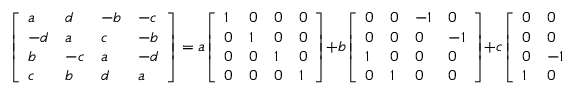
{ \left[ \begin{array} { l l l l } { a } & { d } & { - b } & { - c } \\ { - d } & { a } & { c } & { - b } \\ { b } & { - c } & { a } & { - d } \\ { c } & { b } & { d } & { a } \end{array} \right] } = a { \left[ \begin{array} { l l l l } { 1 } & { 0 } & { 0 } & { 0 } \\ { 0 } & { 1 } & { 0 } & { 0 } \\ { 0 } & { 0 } & { 1 } & { 0 } \\ { 0 } & { 0 } & { 0 } & { 1 } \end{array} \right] } + b { \left[ \begin{array} { l l l l } { 0 } & { 0 } & { - 1 } & { 0 } \\ { 0 } & { 0 } & { 0 } & { - 1 } \\ { 1 } & { 0 } & { 0 } & { 0 } \\ { 0 } & { 1 } & { 0 } & { 0 } \end{array} \right] } + c { \left[ \begin{array} { l l l l } { 0 } & { 0 } & { 0 } & { - 1 } \\ { 0 } & { 0 } & { 1 } & { 0 } \\ { 0 } & { - 1 } & { 0 } & { 0 } \\ { 1 } & { 0 } & { 0 } & { 0 } \end{array} \right] } + d { \left[ \begin{array} { l l l l } { 0 } & { 1 } & { 0 } & { 0 } \\ { - 1 } & { 0 } & { 0 } & { 0 } \\ { 0 } & { 0 } & { 0 } & { - 1 } \\ { 0 } & { 0 } & { 1 } & { 0 } \end{array} \right] } .